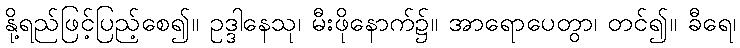
နို့ရည်ဖြင့်ပြည့်စေ၍။ ဥဒ္ဒါနေသု၊ မီးဖိုနောက်၌။ အာရောပေတွာ၊ တင်၍။ ခီရေ၊